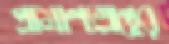
প্রামাণ্যগ্রন্থের